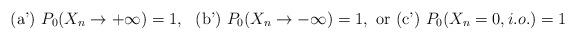
LaTeX: \begin{align*}\mbox{ (a') } P_0(X_n \rightarrow +\infty) = 1,~ \mbox{ (b') } P_0(X_n \rightarrow -\infty) = 1,~ \mbox{or (c') } P_0(X_n = 0, i.o.) = 1\end{align*}